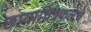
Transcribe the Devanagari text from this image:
छायाचित्रकलेचे